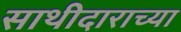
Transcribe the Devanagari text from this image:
साथीदाराच्या